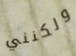
ولكنني